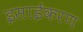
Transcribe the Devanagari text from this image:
इसाईकरण